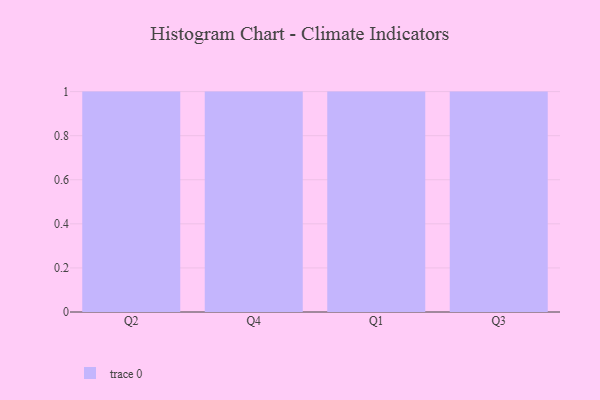
{"axis": {"x": "Quarter", "y": "Gross Profit (USD K)"}, "legend": [""], "data": [{"x": "Q2", "y": 74, "type": ""}, {"x": "Q4", "y": 73, "type": ""}, {"x": "Q1", "y": 31, "type": ""}, {"x": "Q3", "y": 63, "type": ""}]}